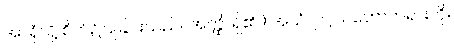
အာရုံသို့ စိတ်၌ပြုခြင်းသည်။ အတ္ထိ၊ ရှိ၏။) အယံ၊ ဤသဘောတရားကို။